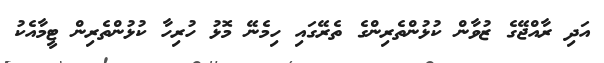
އަދި ރާއްޖޭގެ ޒުވާން ކުޅުންތެރިންގެ ތެރޭގައި ހިމެނޭ މޮޅު ހުރިހާ ކުޅުންތެރިން ޓީމާއެކު